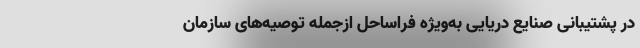
در پشتیبانی صنایع دریایی به‌ویژه فراساحل ازجمله توصیه‌های سازمان